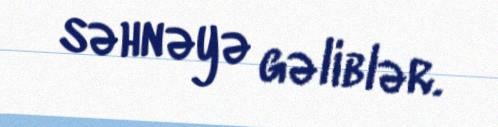
səhnəyə gəliblər.